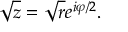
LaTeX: { \sqrt { z } } = { \sqrt { r } } e ^ { i \varphi / 2 } .